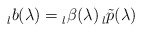
\begin{align*} \prescript{}{l}{b}(\lambda)=\prescript{}{l}{\beta}(\lambda)\prescript{}{l}{\tilde{p}}(\lambda)\end{align*}